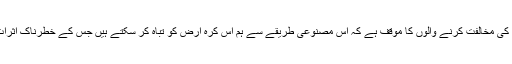
دوسری طرف اس کی مخالفت کرنے والوں کا موقف ہے کہ اس مصنوعی طریقے سے ہم اس کرہ ارض کو تباہ کر سکتے ہیں جس کے خطرناک اثرات مرتب ہو ں گے۔